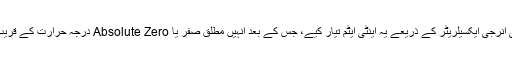
سائنسدانوں نے سرن میں موجود ہائی انرجی ایکسیلریٹر کے ذریعے یہ اینٹی ایٹم تیار کیے، جس کے بعد انہیں مطلق صفر یا Absolute Zero درجہ حرارت کے قریب ترین درجہ حرارت پر جما دیا گیا۔